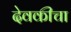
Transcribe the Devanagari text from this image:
देवकीचा